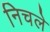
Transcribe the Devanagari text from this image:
निचले